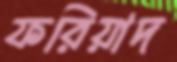
ফরিয়াদ